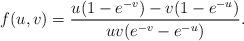
LaTeX: \begin{align*}f(u,v) = {u (1-e^{-v}) - v (1-e^{-u})\over u v (e^{-v} - e^{-u})}.\end{align*}